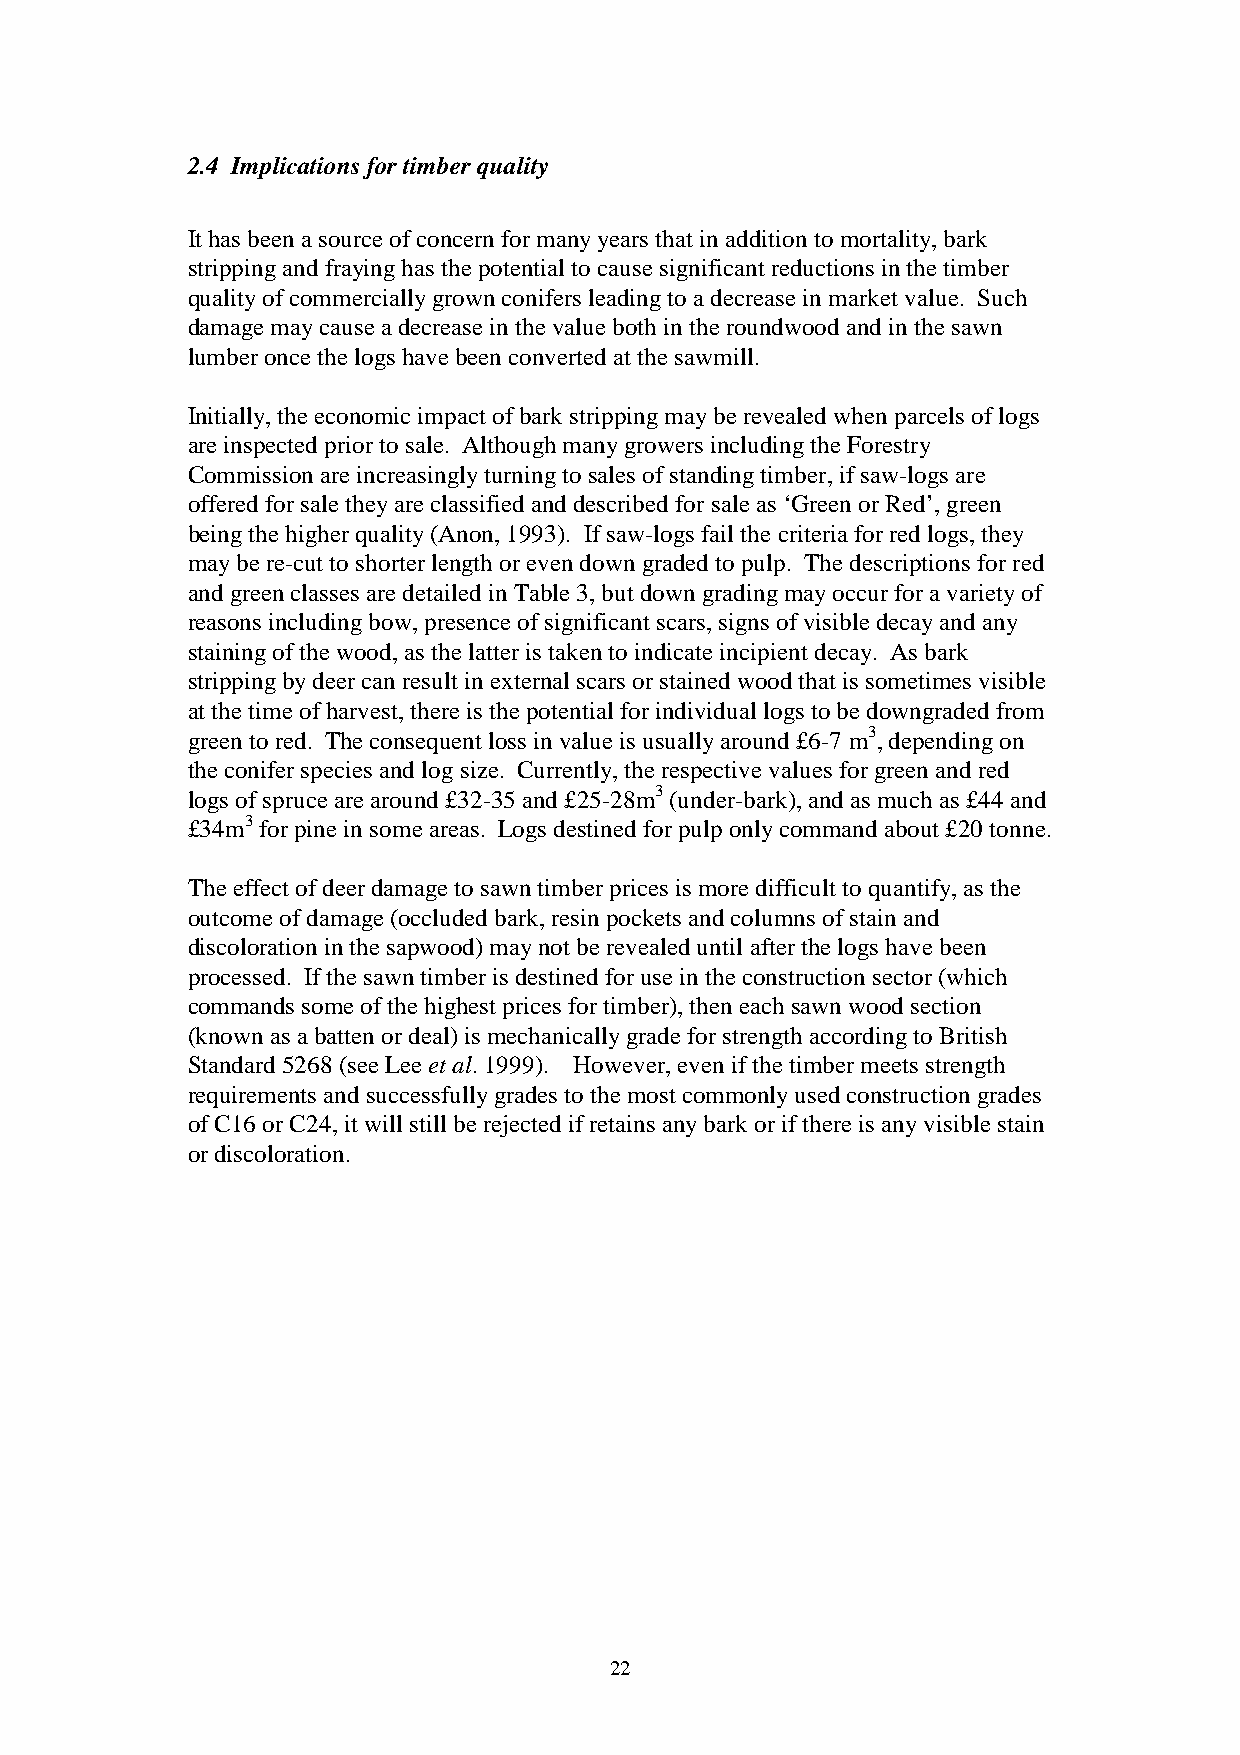
2.4 Implications for timber quality
 It has been a source of concern for many years that in addition to mortality, bark
 stripping and fraying has the potential to cause significant reductions in the timber
 quality of commercially grown conifers leading to a decrease in market value. Such
 damage may cause a decrease in the value both in the roundwood and in the sawn
 lumber once the logs have been converted at the sawmill.
 Initially, the economic impact of bark stripping may be revealed when parcels of logs
 are inspected prior to sale. Although many growers including the Forestry
 Commission are increasingly turning to sales of standing timber, if saw-logs are
 offered for sale they are classified and described for sale as ‘Green or Red’, green
 being the higher quality (Anon, 1993). If saw-logs fail the criteria for red logs, they
 may be re-cut to shorter length or even down graded to pulp. The descriptions for red
 and green classes are detailed in Table 3, but down grading may occur for a variety of
 reasons including bow, presence of significant scars, signs of visible decay and any
 staining of the wood, as the latter is taken to indicate incipient decay. As bark
 stripping by deer can result in external scars or stained wood that is sometimes visible
 at the time of harvest, there is the potential for individual logs to be downgraded from
 green to red. The consequent loss in value is usually around £6-7 m3, depending on
 the conifer species and log size. Currently, the respective values for green and red
 logs of spruce are around £32-35 and £25-28m3 (under-bark), and as much as £44 and
 £34m3 for pine in some areas. Logs destined for pulp only command about £20 tonne.
 The effect of deer damage to sawn timber prices is more difficult to quantify, as the
 outcome of damage (occluded bark, resin pockets and columns of stain and
 discoloration in the sapwood) may not be revealed until after the logs have been
 processed. If the sawn timber is destined for use in the construction sector (which
 commands some of the highest prices for timber), then each sawn wood section
 (known as a batten or deal) is mechanically grade for strength according to British
 Standard 5268 (see Lee et al. 1999). However, even if the timber meets strength
 requirements and successfully grades to the most commonly used construction grades
 of C16 or C24, it will still be rejected if retains any bark or if there is any visible stain
 or discoloration.
 22